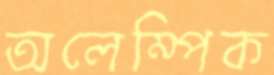
অলেম্পিক